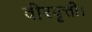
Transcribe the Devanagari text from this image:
वीरवृत्ती।